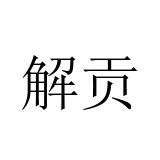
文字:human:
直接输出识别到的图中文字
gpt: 解贡